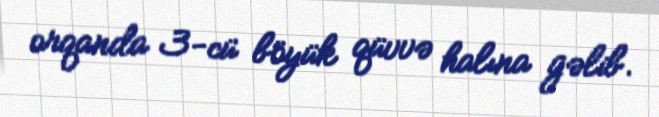
orqanda 3-cü böyük qüvvə halına gəlib.